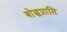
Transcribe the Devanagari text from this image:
बोद्धप्राप्ति